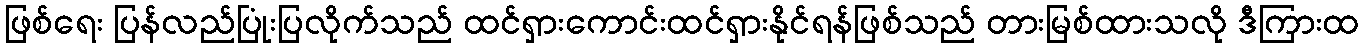
ဖြစ်ရေး ပြန်လည်ပြုံးပြလိုက်သည် ထင်ရှားကောင်းထင်ရှားနိုင်ရန်ဖြစ်သည် တားမြစ်ထားသလို ဒီကြားထ